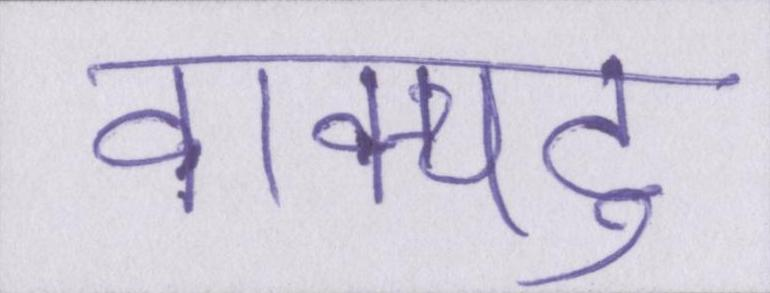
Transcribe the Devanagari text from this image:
वाक्पटु